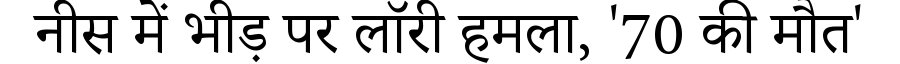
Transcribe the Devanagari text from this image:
नीस में भीड़ पर लॉरी हमला, '70 की मौत'